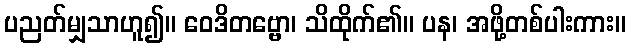
ပညတ်မျှသာဟူ၍။ ဝေဒိတဗ္ဗော၊ သိထိုက်၏။ ပန၊ အဖို့တစ်ပါးကား။